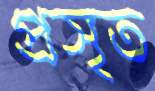
প্রসৃত